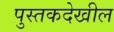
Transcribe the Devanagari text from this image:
पुस्तकदेखील